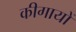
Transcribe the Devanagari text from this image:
कीगायों